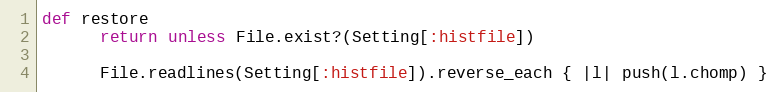
Language: Ruby
def restore
      return unless File.exist?(Setting[:histfile])

      File.readlines(Setting[:histfile]).reverse_each { |l| push(l.chomp) }